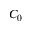
C _ { 0 }